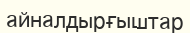
айналдырғыштар